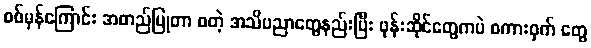
စစ်မှန်ကြောင်း အတည်ပြုတာ စတဲ့ အသိပညာတွေနည်းပြီး ဖုန်းဆိုင်တွေကပဲ စကားဝှက် တွေ